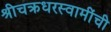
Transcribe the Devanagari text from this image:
श्रीचक्रधरस्वामींची